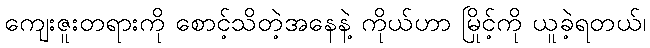
ကျေးဇူးတရားကို စောင့်သိတဲ့အနေနဲ့ ကိုယ်ဟာ မြိုင့်ကို ယူခဲ့ရတယ်၊